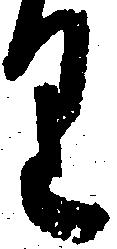
り